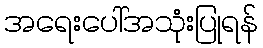
အရေးပေါ်အသုံးပြုရန်